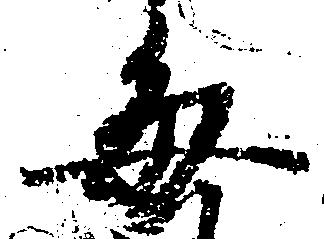
毎